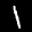
Label: 1